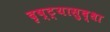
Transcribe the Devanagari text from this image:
दृष्ट्यासुद्धा